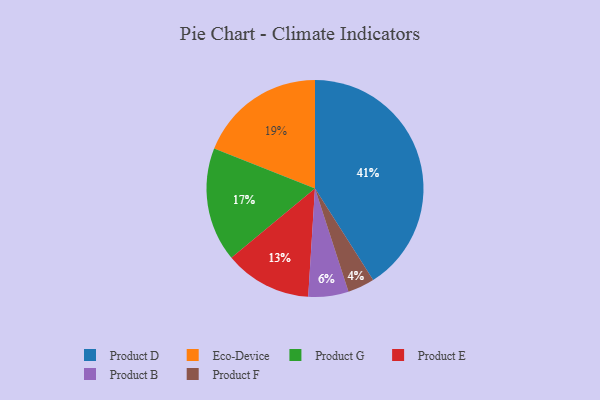
{"axis": {"x": "Category", "y": "Percentage"}, "legend": ["Eco-Device", "Product B", "Product D", "Product E", "Product F", "Product G"], "data": [{"x": "Product B", "y": 6, "type": "Product B"}, {"x": "Product E", "y": 13, "type": "Product E"}, {"x": "Product G", "y": 17, "type": "Product G"}, {"x": "Eco-Device", "y": 19, "type": "Eco-Device"}, {"x": "Product F", "y": 4, "type": "Product F"}, {"x": "Product D", "y": 41, "type": "Product D"}]}